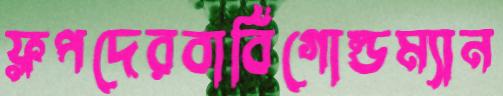
ফ্লপদেরবার্বিগোল্ডম্যান